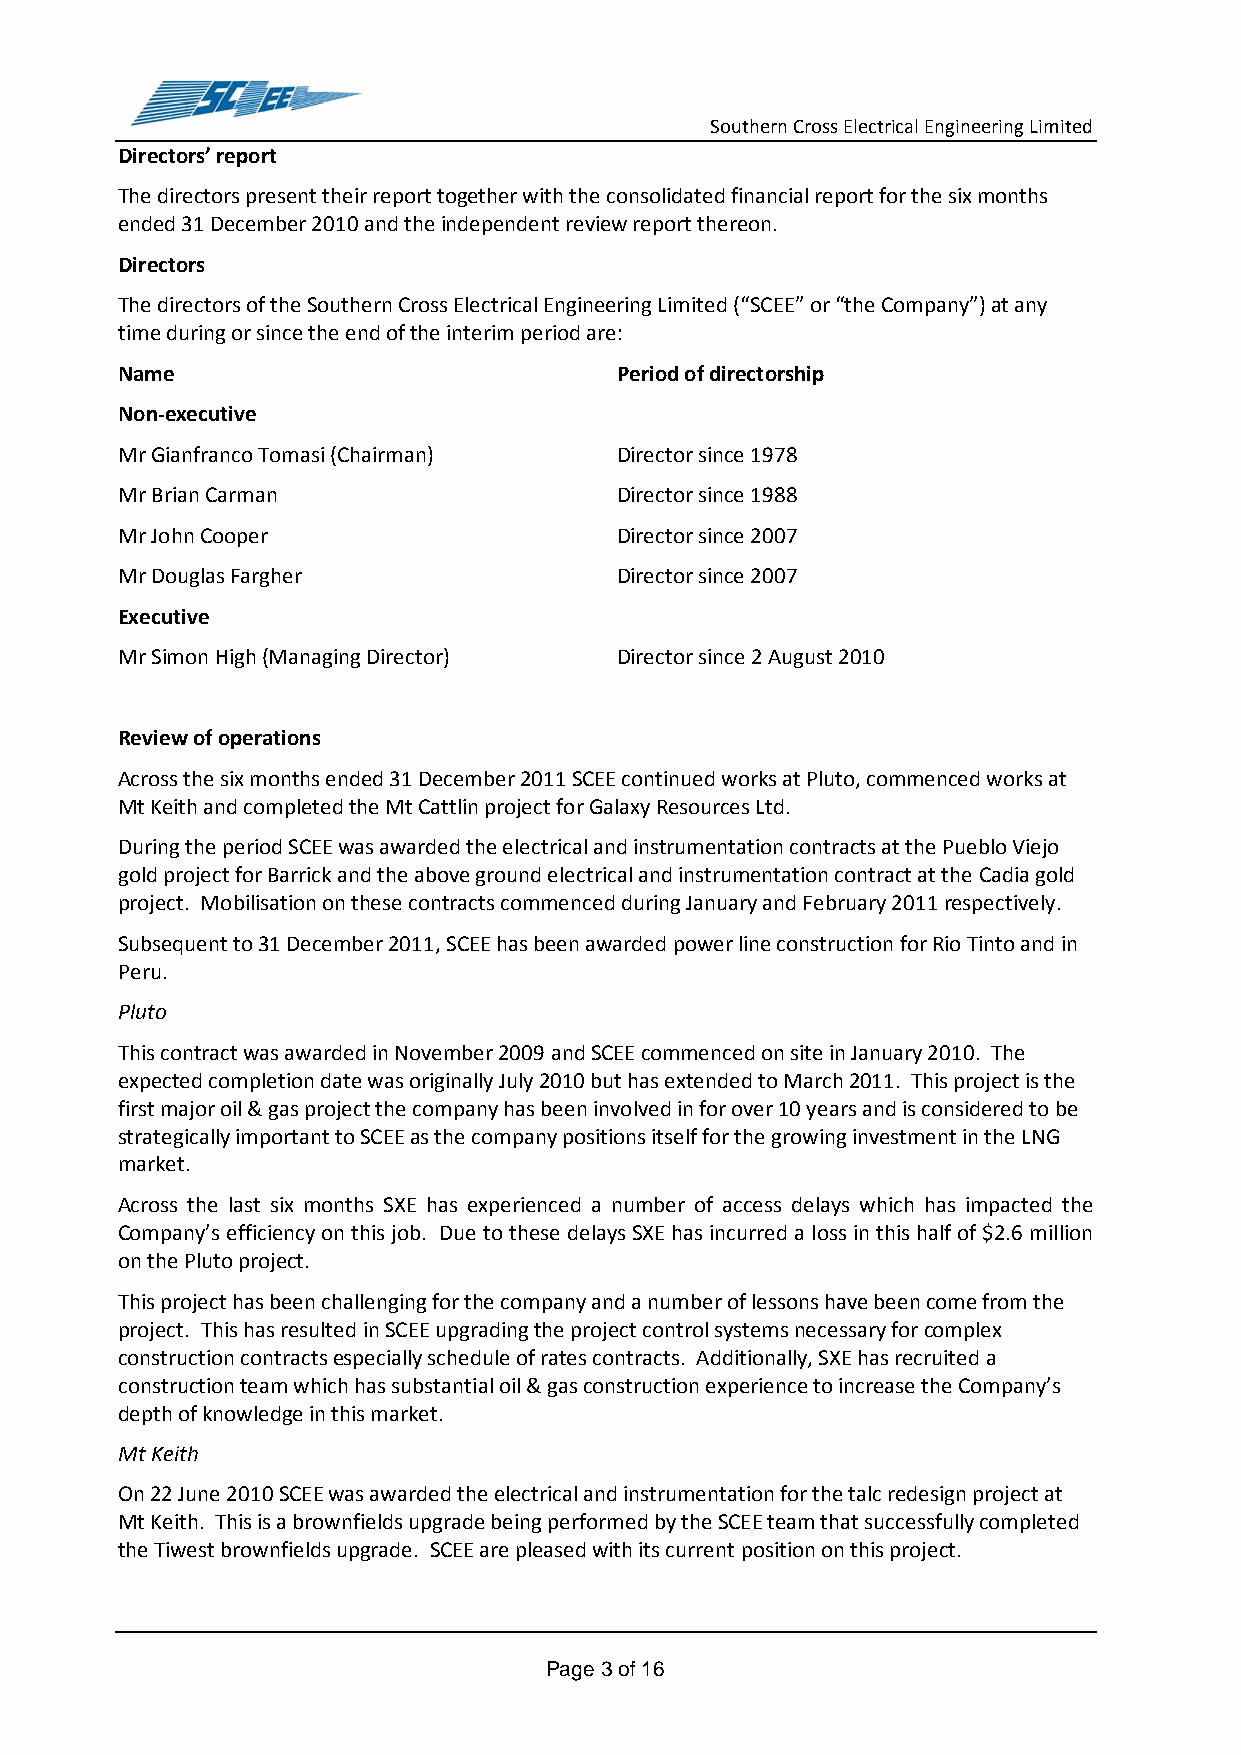
Southern Cross Electrical Engineering Limited
 Directors’ report
 The directors present their report together with the consolidated financial report for the six months
 ended 31 December 2010 and the independent review report thereon.
 Directors
 The directors of the Southern Cross Electrical Engineering Limited (“SCEE” or “the Company”) at any
 time during or since the end of the interim period are:
 Name                             Period of directorship
 Non-executive
 Mr Gianfranco Tomasi (Chairman)  Director since 1978
 Mr Brian Carman                  Director since 1988
 Mr John Cooper                   Director since 2007
 Mr Douglas Fargher               Director since 2007
 Executive
 Mr Simon High (Managing Director) Director since 2 August 2010
 Review of operations
 Across the six months ended 31 December 2011 SCEE continued works at Pluto, commenced works at
 Mt Keith and completed the Mt Cattlin project for Galaxy Resources Ltd.
 During the period SCEE was awarded the electrical and instrumentation contracts at the Pueblo Viejo
 gold project for Barrick and the above ground electrical and instrumentation contract at the Cadia gold
 project. Mobilisation on these contracts commenced during January and February 2011 respectively.
 Subsequent to 31 December 2011, SCEE has been awarded power line construction for Rio Tinto and in
 Peru.
 Pluto
 This contract was awarded in November 2009 and SCEE commenced on site in January 2010. The
 expected completion date was originally July 2010 but has extended to March 2011. This project is the
 first major oil & gas project the company has been involved in for over 10 years and is considered to be
 strategically important to SCEE as the company positions itself for the growing investment in the LNG
 market.
 Across the last six months SXE has experienced a number of access delays which has impacted the
 Company’s efficiency on this job. Due to these delays SXE has incurred a loss in this half of $2.6 million
 on the Pluto project.
 This project has been challenging for the company and a number of lessons have been come from the
 project. This has resulted in SCEE upgrading the project control systems necessary for complex
 construction contracts especially schedule of rates contracts. Additionally, SXE has recruited a
 construction team which has substantial oil & gas construction experience to increase the Company’s
 depth of knowledge in this market.
 Mt Keith
 On 22 June 2010 SCEE was awarded the electrical and instrumentation for the talc redesign project at
 Mt Keith. This is a brownfields upgrade being performed by the SCEE team that successfully completed
 the Tiwest brownfields upgrade. SCEE are pleased with its current position on this project.
 Page 3 of 16